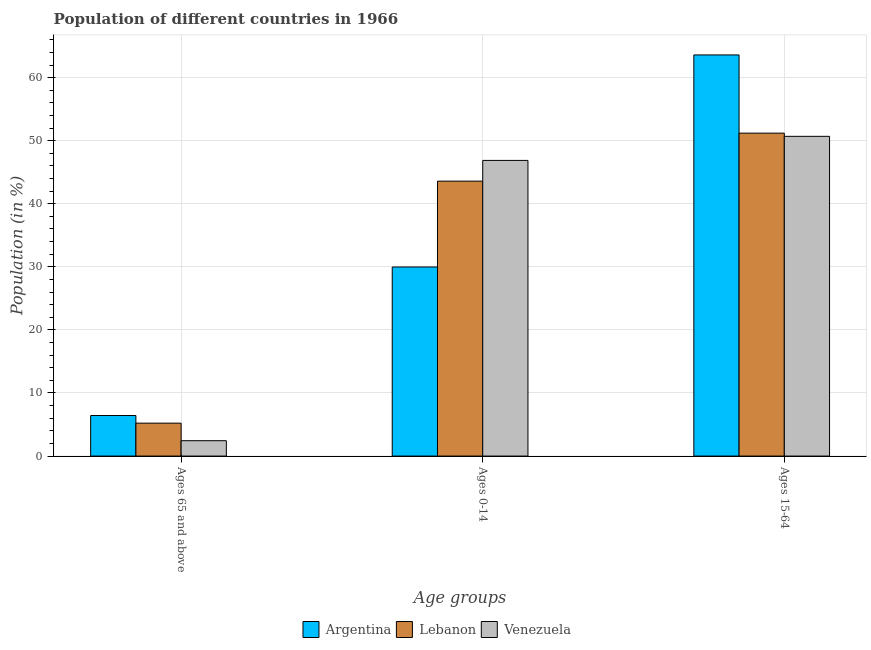
| Age groups | Argentina | Lebanon | Venezuela |
 | --- | --- | --- | --- |
 | Ages 65 and above | 6.43 | 5.22 | 2.44 |
 | Ages 0-14 | 30 | 43.6 | 46.9 |
 | Ages 15-64 | 63.6 | 51.2 | 50.7 |